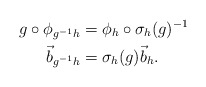
\begin{align*}g\circ \phi_{g^{-1}h}&=\phi_{h}\circ \sigma_{h}(g)^{-1}\\\vec b_{g^{-1}h}&=\sigma_{h}(g)\vec b_{h}.\end{align*}